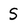
Character: S